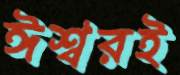
ঈশ্বরই